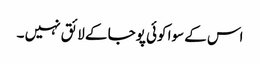
اس کے سوا کوئی پوجا کے لائق نہیں ۔